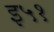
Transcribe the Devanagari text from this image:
इ५१